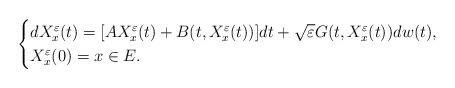
LaTeX: \begin{align*}\begin{cases}dX_{x}^{\varepsilon }(t)=[AX_{x}^{\varepsilon }(t)+B(t,X_{x}^{\varepsilon}(t))]dt+\sqrt{{\varepsilon }}G(t,X_{x}^{\varepsilon }(t))dw(t), \\X_{x}^{\varepsilon }(0)=x\in E.\end{cases} \end{align*}